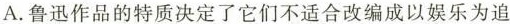
A.鲁迅作品的特质决定了它们不适合改编成以娱乐为追